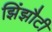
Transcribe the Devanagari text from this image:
झिंझौटी